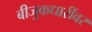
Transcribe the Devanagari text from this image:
बीजुकधारींवर